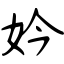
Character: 妗